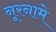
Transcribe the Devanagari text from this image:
नूरनामे